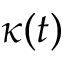
\kappa ( t )